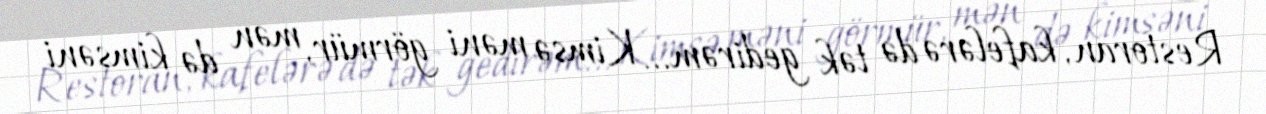
Restoran, kafelərə də tək gedirəm... Kimsə məni görmür, mən də kimsəni